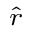
\scriptstyle { \hat { r } }